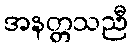
အနတ္တသညီ